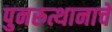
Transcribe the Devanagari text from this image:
पुनरुत्थानाचे